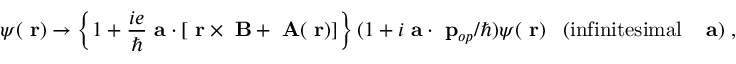
\psi ( \mathrm { \bf ~ r } ) \rightarrow \left\{ 1 + \frac { i e } { \hbar } { \mathrm { \bf ~ a } } \cdot [ \mathrm { \bf ~ r } \times \mathrm { \bf ~ B } + \mathrm { \bf ~ A } ( \mathrm { \bf ~ r } ) ] \right\} ( 1 + i { \mathrm { \bf ~ a } } \cdot \mathrm { \bf ~ p } _ { o p } / \hbar ) \psi ( \mathrm { \bf ~ r } ) \; \; \; ( \mathrm { i n f i n i t e s i m a l \; \; \; { \mathrm { \bf ~ a } } ) \; , }